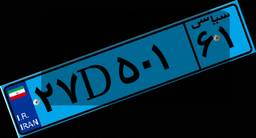
۰۶D۸۵۱۵۳